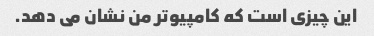
این چیزی است که کامپیوتر من نشان می دهد.